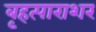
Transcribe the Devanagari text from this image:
बृहत्पाराशर